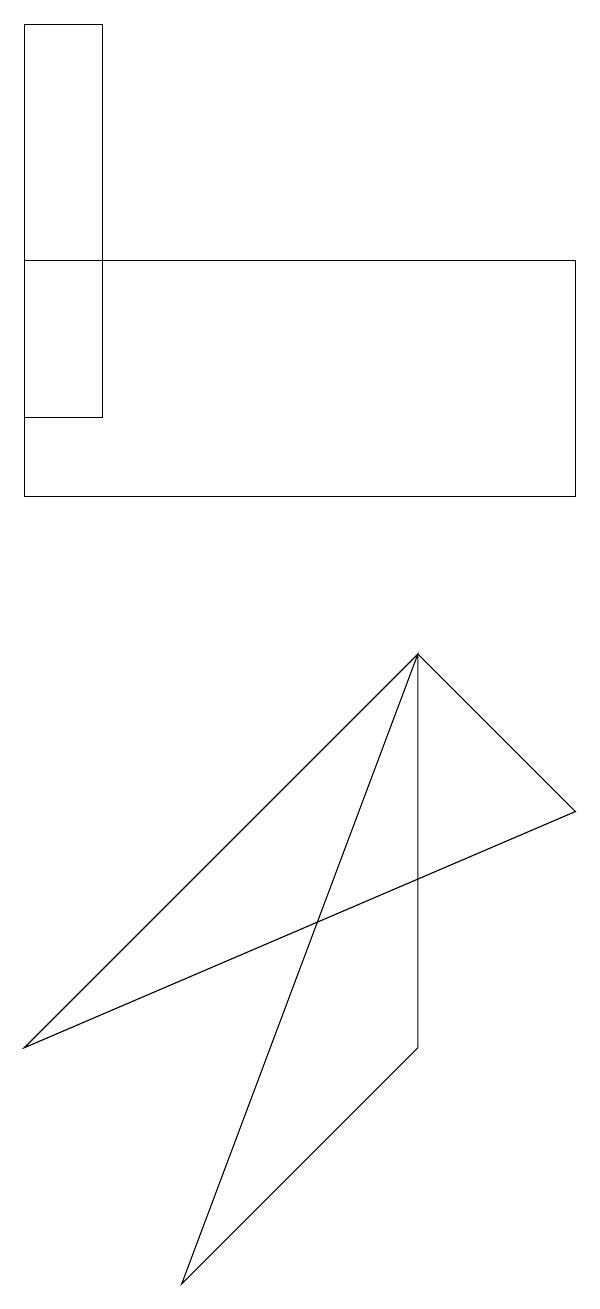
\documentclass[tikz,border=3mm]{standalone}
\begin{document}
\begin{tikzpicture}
\draw (6,4) -- (6,9) -- (3,1) -- cycle;
\draw (1,4) -- (6,9) -- (8,7) -- cycle;
\draw (8,11) rectangle (1,14);
\draw (2,12) rectangle (1,17);
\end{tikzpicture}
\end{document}